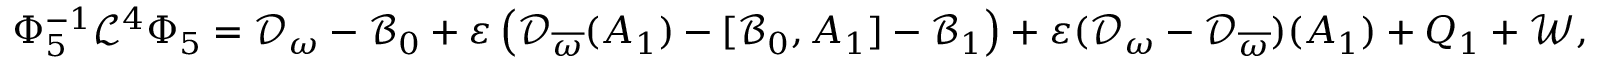
\begin{array} { r } { \Phi _ { 5 } ^ { - 1 } \mathcal { L } ^ { 4 } \Phi _ { 5 } = \mathcal { D } _ { \omega } - \mathcal { B } _ { 0 } + \varepsilon \left( \mathcal { D } _ { \overline { { \omega } } } ( A _ { 1 } ) - [ \mathcal { B } _ { 0 } , A _ { 1 } ] - \mathcal { B } _ { 1 } \right) + \varepsilon ( \mathcal { D } _ { \omega } - \mathcal { D } _ { \overline { { \omega } } } ) ( A _ { 1 } ) + Q _ { 1 } + \mathcal { W } , } \end{array}